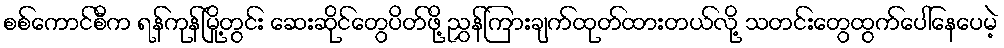
စစ်ကောင်စီက ရန်ကုန်မြို့တွင်း ဆေးဆိုင်တွေပိတ်ဖို့ ညွှန်ကြားချက်ထုတ်ထားတယ်လို့ သတင်းတွေထွက်ပေါ်နေပေမဲ့